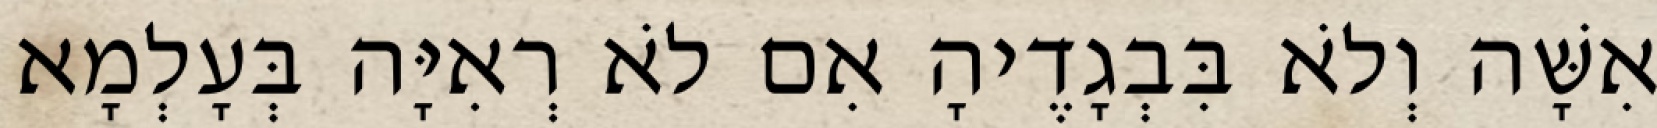
אִשָּׁה וְלֹא בִּבְגָדֶיהָ אִם לֹא רְאִיָּה בְּעָלְמָא